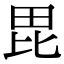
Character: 毘